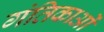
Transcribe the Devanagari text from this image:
गंतिकाओं